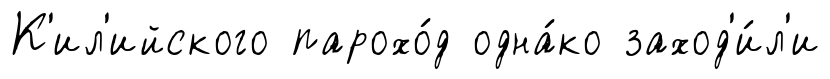
К'ил'ийского парохо́д одна́ко заход'и́л'и